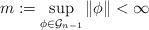
LaTeX: \begin{align*}m:=\sup_{\phi\in\mathcal{G}_{n-1}}\|\phi\|<\infty\end{align*}